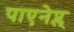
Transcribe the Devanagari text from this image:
पाएनेप्ल्